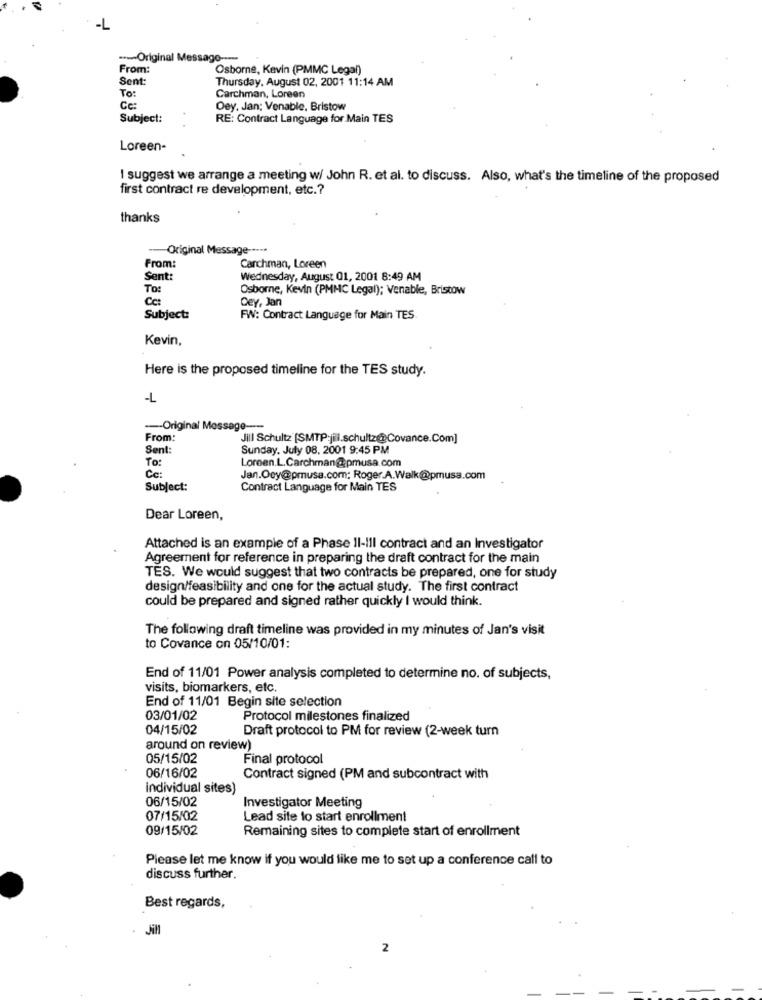
-L
----- Original Message -----
From:
Osborne, Kevin (PMMC Legal)
Sent:
Thursday, August 02, 2001 11:14 AM
To:
Carchman, Loreen
Cc:
Dey. Jan; Venable, Bristow
Subject:
RE: Contract Language for Main TES
Loreen-
I suggest we arrange a meeting w/ John R. et al. to discuss. Also, what's the timeline of the proposed
first contract re development, etc .?
thanks
Original Message ----*
From:
Carchman, Loreen
Sent:
Wednesday, August 01, 2001 8:49 AM
To:
Osborne, Kevin (PMMC Legal); Venable, Bristow
Ce:
Dey, Jan
Subject:
FW: Contract Language for Main TES
Kevin
Here is the proposed timeline for the TES study.
-L
--- Original Message --
From:
Jill Schultz [SMTP:jill.schultz@Covance.Com]
Sent:
Sunday, July 08. 2001 9:45 PM
To:
Loreen.L.Carchman@pmusa.com
Cc:
Jan.Ocy@pmusa.com: Roger.A.Walk@pmusa.com
Subject:
Contract Language for Main TES
Dear Loreen,
Attached is an example of a Phase II-ill contract and an Investigator
Agreement for reference in preparing the draft contract for the main
TES. We would suggest that two contracts be prepared, one for study
design/feasibility and one for the actual study. The first contract
could be prepared and signed rather quickly I would think.
The following draft timeline was provided in my minutes of Jan's visit
to Covance on 05/10/01:
End of 11/01 Power analysis completed to determine no. of subjects,
visits, biomarkers, etc.
End of 11/01 Begin site selection
03/01/02
Protocol milestones finalized
04/15/02
Draft protocol to PM for review (2-week turn
around on review)
05/15/02
Final protocol
06/16/02
Contract signed (PM and subcontract with
individual sites)
06/15/02
Investigator Meeting
07/15/02
Lead site to start enrollment
09/15/02
Remaining sites to complete start of enrollment
Please let me know if you would like me to set up a conference call to
discuss further.
Best regards,
JiH
2